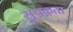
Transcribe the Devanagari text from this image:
सूचकता